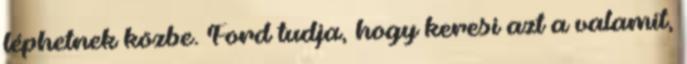
léphetnek közbe. Ford tudja, hogy keresi azt a valamit,